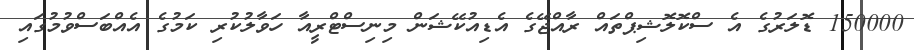
150000 ޑޮލަރުގެ އެ ސްކޮލޮޝިޕްތައް ރާއްޖޭގެ އެޑިއުކޭޝަން މިނިސްޓްރީއާ ހަވާލުކުރި ކަމުގެ އެއްބަސްވުމުގައި